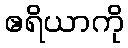
ဧရိယာကို